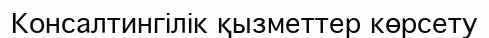
Консалтингілік қызметтер көрсету